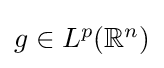
{\textstyle g\in L^{p}(\mathbb {R} ^{n})}